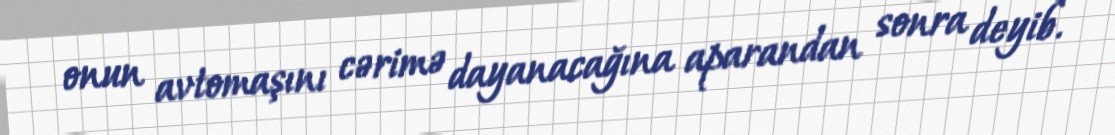
onun avtomaşını cərimə dayanacağına aparandan sonra deyib.